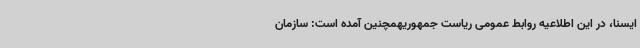
ایسنا، در این اطلاعیه روابط عمومی ریاست جمهوریهمچنین آمده است: سازمان